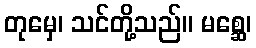
တုမှေ၊ သင်တို့သည်။ မစ္ဆေ၊